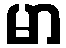
မာ